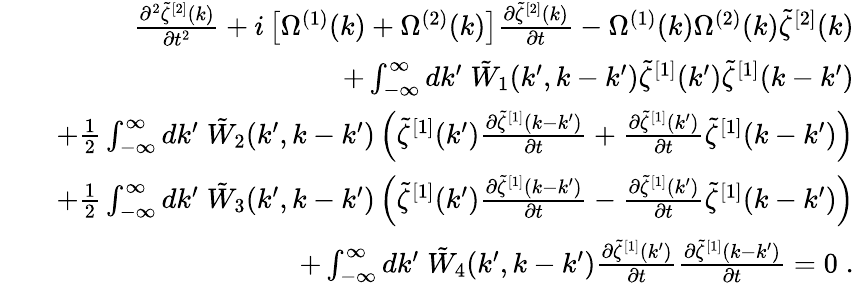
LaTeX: \begin{array}{rlr}&{}&{\frac{\partial^{2}\tilde{\zeta}^{[2]}(k)}{\partial t^{2}}+i\left[\Omega^{(1)}(k)+\Omega^{(2)}(k)\right]\frac{\partial\tilde{\zeta}^{[2]}(k)}{\partial t}-\Omega^{(1)}(k)\Omega^{(2)}(k)\tilde{\zeta}^{[2]}(k)}\\ &{}&{+\int_{-\infty}^{\infty}dk^{\prime}\; \tilde{W}_{1}(k^{\prime},k-k^{\prime})\tilde{\zeta}^{[1]}(k^{\prime})\tilde{\zeta}^{[1]}(k-k^{\prime})}\\ &{}&{+\frac{1}{2}\int_{-\infty}^{\infty}dk^{\prime}\; \tilde{W}_{2}(k^{\prime},k-k^{\prime})\left(\tilde{\zeta}^{[1]}(k^{\prime})\frac{\partial\tilde{\zeta}^{[1]}(k-k^{\prime})}{\partial t}+\frac{\partial\tilde{\zeta}^{[1]}(k^{\prime})}{\partial t}\tilde{\zeta}^{[1]}(k-k^{\prime})\right)}\\ &{}&{+\frac{1}{2}\int_{-\infty}^{\infty}dk^{\prime}\; \tilde{W}_{3}(k^{\prime},k-k^{\prime})\left(\tilde{\zeta}^{[1]}(k^{\prime})\frac{\partial\tilde{\zeta}^{[1]}(k-k^{\prime})}{\partial t}-\frac{\partial\tilde{\zeta}^{[1]}(k^{\prime})}{\partial t}\tilde{\zeta}^{[1]}(k-k^{\prime})\right)}\\ &{}&{+\int_{-\infty}^{\infty}dk^{\prime}\; \tilde{W}_{4}(k^{\prime},k-k^{\prime})\frac{\partial\tilde{\zeta}^{[1]}(k^{\prime})}{\partial t}\frac{\partial\tilde{\zeta}^{[1]}(k-k^{\prime})}{\partial t}=0\; .}\end{array}